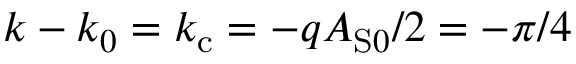
k - k _ { 0 } = k _ { \mathrm { c } } = - q A _ { \mathrm { S } 0 } / 2 = - \pi / 4